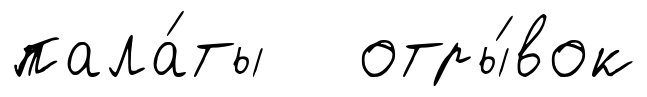
пала́ты отры́вок